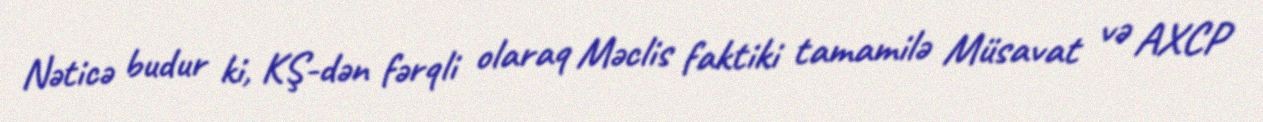
Nəticə budur ki, KŞ-dən fərqli olaraq Məclis faktiki tamamilə Müsavat və AXCP